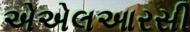
એએલઆરસી